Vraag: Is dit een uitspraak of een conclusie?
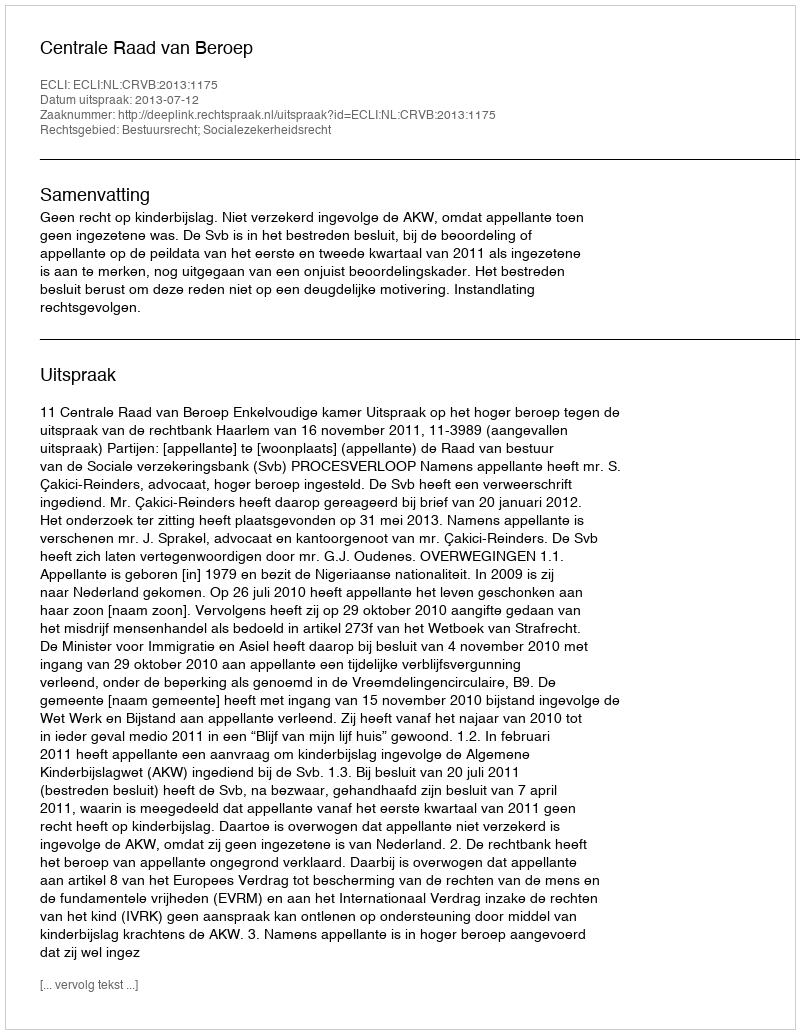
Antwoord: Uitspraak